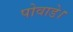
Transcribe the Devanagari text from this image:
पोवाडे।